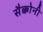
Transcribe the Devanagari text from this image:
सैक्कोनी